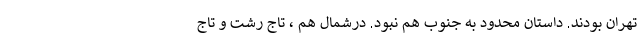
تهران بودند. داستان محدود به جنوب هم نبود. درشمال هم ، تاج رشت و تاج